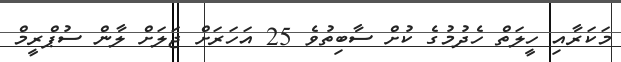
މަކަރާއި ހީލަތް ހެދުމުގެ ކުށް ސާބިތުވެ 25 އަހަރަށް ޖަލަށް ލާން ސުޕްރީމް